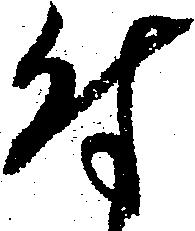
付